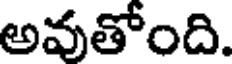
అవుతోంది.